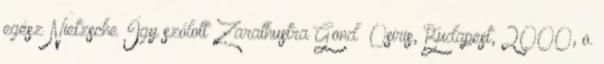
egész Nietzsche Így szólott Zarathustra Gond Osiris, Budapest, 2000, o.